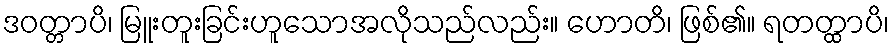
ဒဝတ္တာပိ၊ မြူးတူးခြင်းဟူသောအလိုသည်လည်း။ ဟောတိ၊ ဖြစ်၏။ ရတတ္ထာပိ၊